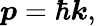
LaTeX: {\boldsymbol{p}}=\hbar{\boldsymbol{k}},